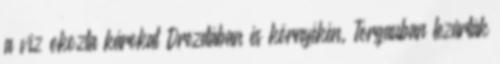
a víz okozta károkat Drezdában és környékén. Torgauban lezárták